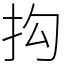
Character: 抅